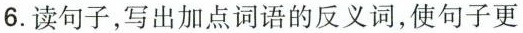
6.读句子，写出加点词语的反义词，使句子更